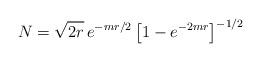
LaTeX: \begin{align*}N = \sqrt{2r}\, e^{-mr/2} \left[1 - e^{-2mr} \right]^{-1/2}\end{align*}